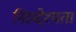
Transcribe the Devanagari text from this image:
निरुद्देश्यता